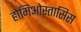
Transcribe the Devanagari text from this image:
होमिओस्तासिस